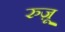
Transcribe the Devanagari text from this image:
रुज़ू